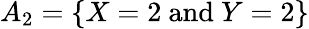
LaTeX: A_{2}=\{ X=2{\mathrm{~and~}}Y=2\}